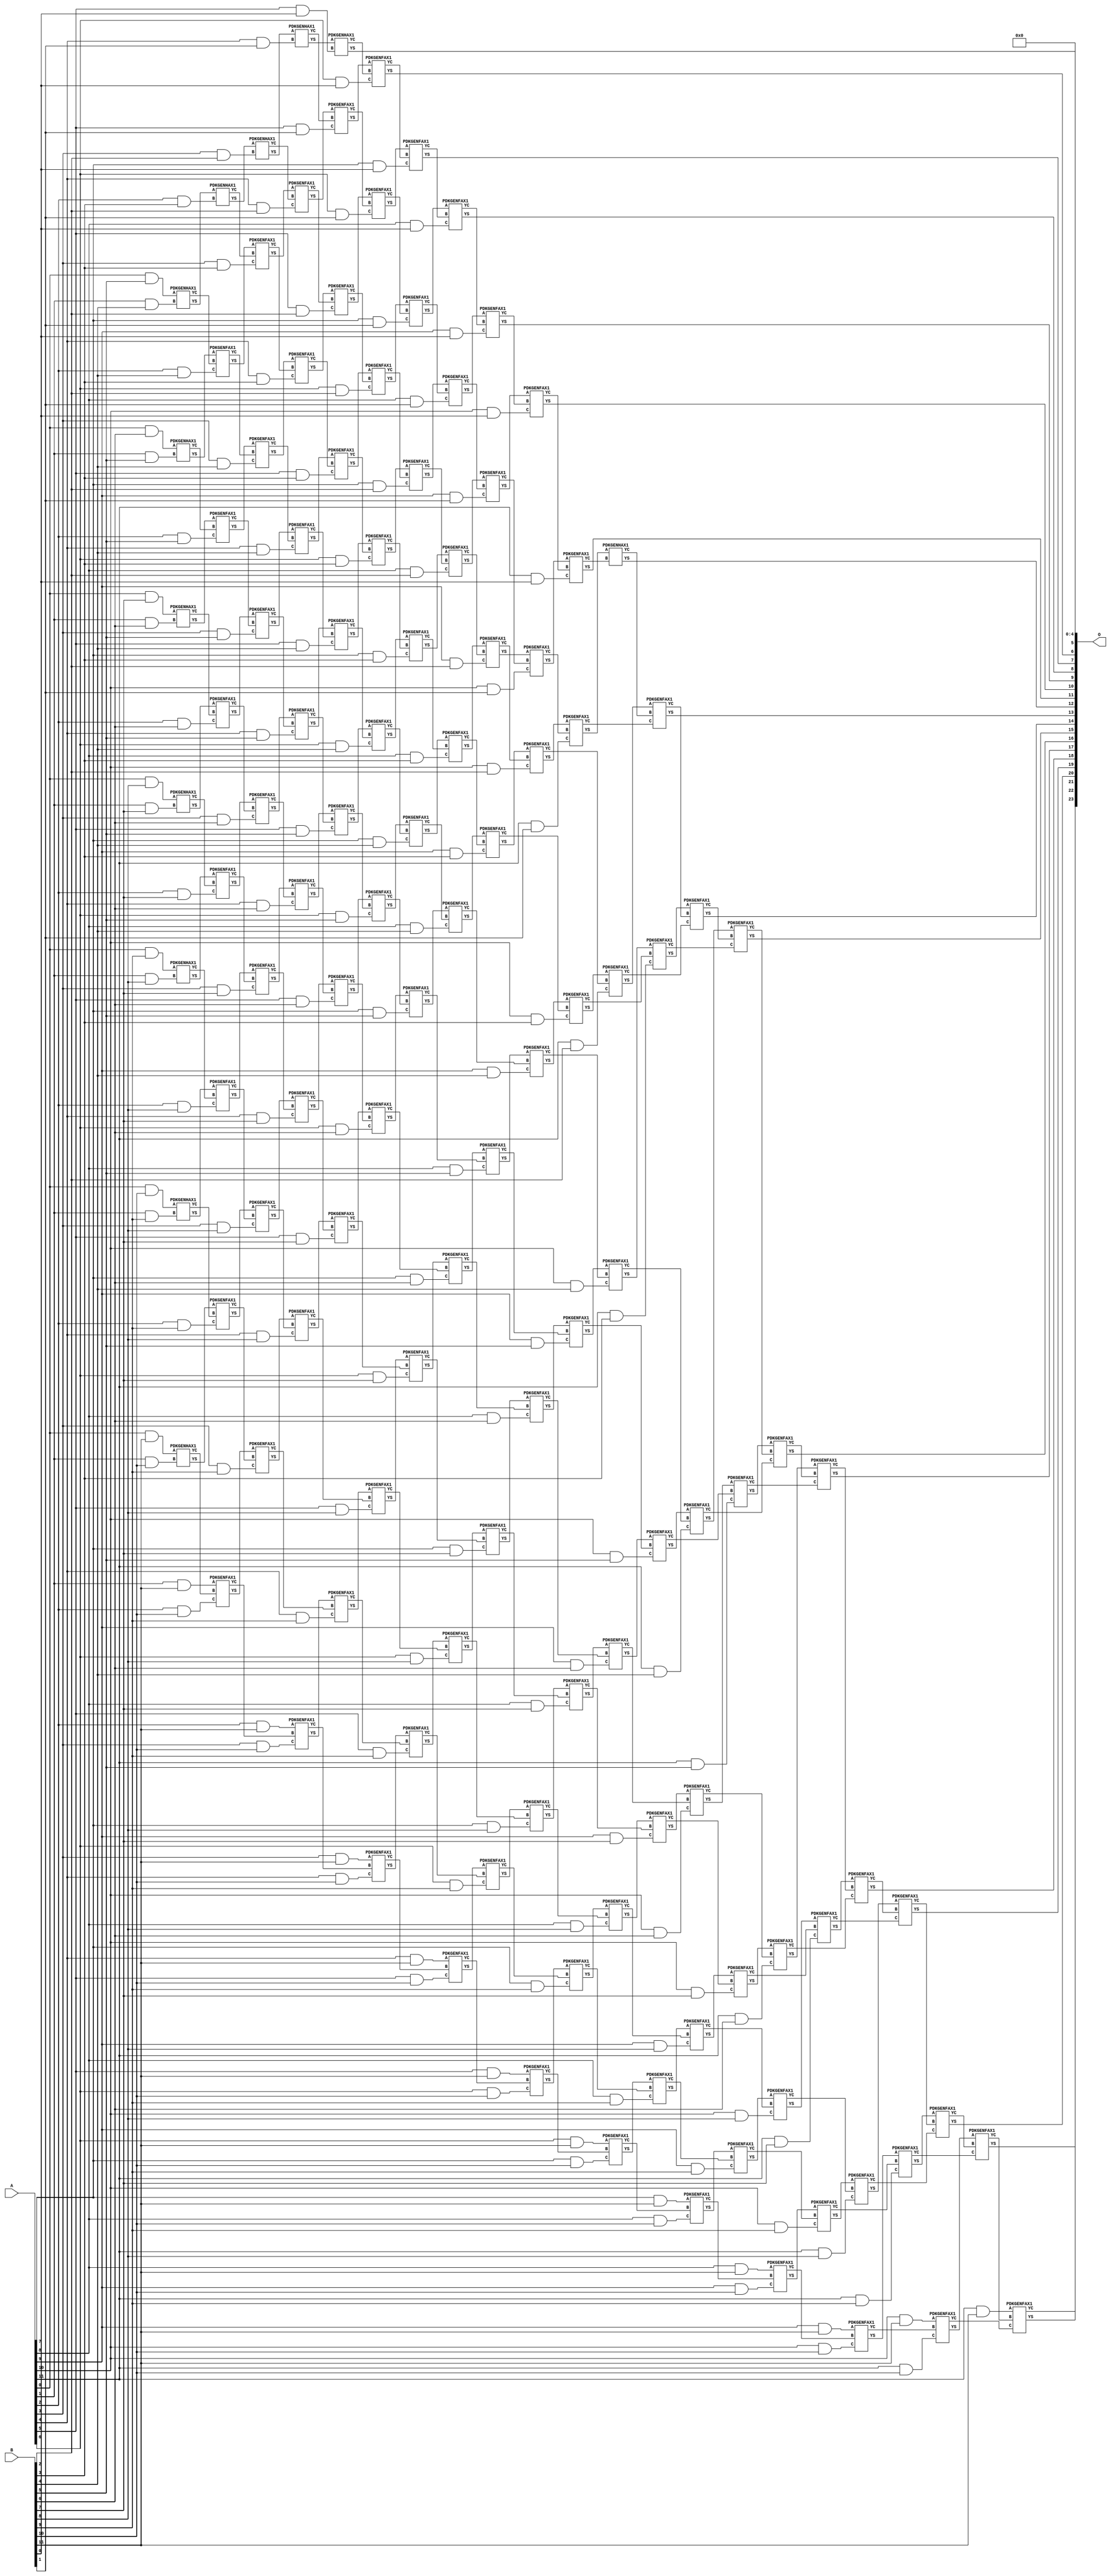
// This program was cloned from: https://github.com/ehw-fit/evoapproxlib
// License: MIT License

/***
* This code is a part of EvoApproxLib library (ehw.fit.vutbr.cz/approxlib) distributed under The MIT License.
* When used, please cite the following article(s): V. Mrazek, Z. Vasicek, L. Sekanina, H. Jiang and J. Han, "Scalable Construction of Approximate Multipliers With Formally Guaranteed Worst Case Error" in IEEE Transactions on Very Large Scale Integration (VLSI) Systems, vol. 26, no. 11, pp. 2572-2576, Nov. 2018. doi: 10.1109/TVLSI.2018.2856362 
* This file contains a circuit from a sub-set of pareto optimal circuits with respect to the pwr and wce parameters
***/
// MAE% = 0.00019 %
// MAE = 32 
// WCE% = 0.00077 %
// WCE = 129 
// WCRE% = 100.00 %
// EP% = 89.06 %
// MRE% = 0.012 %
// MSE = 1574 
// PDK45_PWR = 1.090 mW
// PDK45_AREA = 1469.4 um2
// PDK45_DELAY = 2.34 ns


module mul12u_2EF ( A, B, O );
  input [11:0] A;
  input [11:0] B;
  output [23:0] O;

  wire C_10_0,C_10_1,C_10_10,C_10_2,C_10_3,C_10_4,C_10_5,C_10_6,C_10_7,C_10_8,C_10_9,C_11_0,C_11_1,C_11_10,C_11_2,C_11_3,C_11_4,C_11_5,C_11_6,C_11_7,C_11_8,C_11_9,C_12_0,C_12_1,C_12_10,C_12_2,C_12_3,C_12_4,C_12_5,C_12_6,C_12_7,C_12_8,C_12_9,C_1_10,C_1_4,C_1_5,C_1_6,C_1_7,C_1_8,C_1_9,C_2_10,C_2_3,C_2_4,C_2_5,C_2_6,C_2_7,C_2_8,C_2_9,C_3_10,C_3_2,C_3_3,C_3_4,C_3_5,C_3_6,C_3_7,C_3_8,C_3_9,C_4_1,C_4_10,C_4_2,C_4_3,C_4_4,C_4_5,C_4_6,C_4_7,C_4_8,C_4_9,C_5_0,C_5_1,C_5_10,C_5_2,C_5_3,C_5_4,C_5_5,C_5_6,C_5_7,C_5_8,C_5_9,C_6_0,C_6_1,C_6_10,C_6_2,C_6_3,C_6_4,C_6_5,C_6_6,C_6_7,C_6_8,C_6_9,C_7_0,C_7_1,C_7_10,C_7_2,C_7_3,C_7_4,C_7_5,C_7_6,C_7_7,C_7_8,C_7_9,C_8_0,C_8_1,C_8_10,C_8_2,C_8_3,C_8_4,C_8_5,C_8_6,C_8_7,C_8_8,C_8_9,C_9_0,C_9_1,C_9_10,C_9_2,C_9_3,C_9_4,C_9_5,C_9_6,C_9_7,C_9_8,C_9_9,S_0_10,S_0_11,S_0_5,S_0_6,S_0_7,S_0_8,S_0_9,S_10_0,S_10_1,S_10_10,S_10_11,S_10_2,S_10_3,S_10_4,S_10_5,S_10_6,S_10_7,S_10_8,S_10_9,S_11_0,S_11_1,S_11_10,S_11_11,S_11_2,S_11_3,S_11_4,S_11_5,S_11_6,S_11_7,S_11_8,S_11_9,S_12_0,S_12_1,S_12_10,S_12_11,S_12_2,S_12_3,S_12_4,S_12_5,S_12_6,S_12_7,S_12_8,S_12_9,S_1_10,S_1_11,S_1_4,S_1_5,S_1_6,S_1_7,S_1_8,S_1_9,S_2_10,S_2_11,S_2_3,S_2_4,S_2_5,S_2_6,S_2_7,S_2_8,S_2_9,S_3_10,S_3_11,S_3_2,S_3_3,S_3_4,S_3_5,S_3_6,S_3_7,S_3_8,S_3_9,S_4_1,S_4_10,S_4_11,S_4_2,S_4_3,S_4_4,S_4_5,S_4_6,S_4_7,S_4_8,S_4_9,S_5_0,S_5_1,S_5_10,S_5_11,S_5_2,S_5_3,S_5_4,S_5_5,S_5_6,S_5_7,S_5_8,S_5_9,S_6_0,S_6_1,S_6_10,S_6_11,S_6_2,S_6_3,S_6_4,S_6_5,S_6_6,S_6_7,S_6_8,S_6_9,S_7_0,S_7_1,S_7_10,S_7_11,S_7_2,S_7_3,S_7_4,S_7_5,S_7_6,S_7_7,S_7_8,S_7_9,S_8_0,S_8_1,S_8_10,S_8_11,S_8_2,S_8_3,S_8_4,S_8_5,S_8_6,S_8_7,S_8_8,S_8_9,S_9_0,S_9_1,S_9_10,S_9_11,S_9_2,S_9_3,S_9_4,S_9_5,S_9_6,S_9_7,S_9_8,S_9_9;

  assign S_0_5 = (A[0] & B[5]);
  assign S_0_6 = (A[0] & B[6]);
  assign S_0_7 = (A[0] & B[7]);
  assign S_0_8 = (A[0] & B[8]);
  assign S_0_9 = (A[0] & B[9]);
  assign S_0_10 = (A[0] & B[10]);
  assign S_0_11 = (A[0] & B[11]);
  PDKGENHAX1 U13673 (.A(S_0_5), .B((A[1] & B[4])), .YS(S_1_4), .YC(C_1_4));
  PDKGENHAX1 U13674 (.A(S_0_6), .B((A[1] & B[5])), .YS(S_1_5), .YC(C_1_5));
  PDKGENHAX1 U13675 (.A(S_0_7), .B((A[1] & B[6])), .YS(S_1_6), .YC(C_1_6));
  PDKGENHAX1 U13676 (.A(S_0_8), .B((A[1] & B[7])), .YS(S_1_7), .YC(C_1_7));
  PDKGENHAX1 U13677 (.A(S_0_9), .B((A[1] & B[8])), .YS(S_1_8), .YC(C_1_8));
  PDKGENHAX1 U13678 (.A(S_0_10), .B((A[1] & B[9])), .YS(S_1_9), .YC(C_1_9));
  PDKGENHAX1 U13679 (.A(S_0_11), .B((A[1] & B[10])), .YS(S_1_10), .YC(C_1_10));
  assign S_1_11 = (A[1] & B[11]);
  PDKGENHAX1 U13684 (.A(S_1_4), .B((A[2] & B[3])), .YS(S_2_3), .YC(C_2_3));
  PDKGENFAX1 U13685 (.A(S_1_5), .B(C_1_4), .C((A[2] & B[4])), .YS(S_2_4), .YC(C_2_4));
  PDKGENFAX1 U13686 (.A(S_1_6), .B(C_1_5), .C((A[2] & B[5])), .YS(S_2_5), .YC(C_2_5));
  PDKGENFAX1 U13687 (.A(S_1_7), .B(C_1_6), .C((A[2] & B[6])), .YS(S_2_6), .YC(C_2_6));
  PDKGENFAX1 U13688 (.A(S_1_8), .B(C_1_7), .C((A[2] & B[7])), .YS(S_2_7), .YC(C_2_7));
  PDKGENFAX1 U13689 (.A(S_1_9), .B(C_1_8), .C((A[2] & B[8])), .YS(S_2_8), .YC(C_2_8));
  PDKGENFAX1 U13690 (.A(S_1_10), .B(C_1_9), .C((A[2] & B[9])), .YS(S_2_9), .YC(C_2_9));
  PDKGENFAX1 U13691 (.A(S_1_11), .B(C_1_10), .C((A[2] & B[10])), .YS(S_2_10), .YC(C_2_10));
  assign S_2_11 = (A[2] & B[11]);
  PDKGENHAX1 U13695 (.A(S_2_3), .B((A[3] & B[2])), .YS(S_3_2), .YC(C_3_2));
  PDKGENFAX1 U13696 (.A(S_2_4), .B(C_2_3), .C((A[3] & B[3])), .YS(S_3_3), .YC(C_3_3));
  PDKGENFAX1 U13697 (.A(S_2_5), .B(C_2_4), .C((A[3] & B[4])), .YS(S_3_4), .YC(C_3_4));
  PDKGENFAX1 U13698 (.A(S_2_6), .B(C_2_5), .C((A[3] & B[5])), .YS(S_3_5), .YC(C_3_5));
  PDKGENFAX1 U13699 (.A(S_2_7), .B(C_2_6), .C((A[3] & B[6])), .YS(S_3_6), .YC(C_3_6));
  PDKGENFAX1 U13700 (.A(S_2_8), .B(C_2_7), .C((A[3] & B[7])), .YS(S_3_7), .YC(C_3_7));
  PDKGENFAX1 U13701 (.A(S_2_9), .B(C_2_8), .C((A[3] & B[8])), .YS(S_3_8), .YC(C_3_8));
  PDKGENFAX1 U13702 (.A(S_2_10), .B(C_2_9), .C((A[3] & B[9])), .YS(S_3_9), .YC(C_3_9));
  PDKGENFAX1 U13703 (.A(S_2_11), .B(C_2_10), .C((A[3] & B[10])), .YS(S_3_10), .YC(C_3_10));
  assign S_3_11 = (A[3] & B[11]);
  PDKGENHAX1 U13706 (.A(S_3_2), .B((A[4] & B[1])), .YS(S_4_1), .YC(C_4_1));
  PDKGENFAX1 U13707 (.A(S_3_3), .B(C_3_2), .C((A[4] & B[2])), .YS(S_4_2), .YC(C_4_2));
  PDKGENFAX1 U13708 (.A(S_3_4), .B(C_3_3), .C((A[4] & B[3])), .YS(S_4_3), .YC(C_4_3));
  PDKGENFAX1 U13709 (.A(S_3_5), .B(C_3_4), .C((A[4] & B[4])), .YS(S_4_4), .YC(C_4_4));
  PDKGENFAX1 U13710 (.A(S_3_6), .B(C_3_5), .C((A[4] & B[5])), .YS(S_4_5), .YC(C_4_5));
  PDKGENFAX1 U13711 (.A(S_3_7), .B(C_3_6), .C((A[4] & B[6])), .YS(S_4_6), .YC(C_4_6));
  PDKGENFAX1 U13712 (.A(S_3_8), .B(C_3_7), .C((A[4] & B[7])), .YS(S_4_7), .YC(C_4_7));
  PDKGENFAX1 U13713 (.A(S_3_9), .B(C_3_8), .C((A[4] & B[8])), .YS(S_4_8), .YC(C_4_8));
  PDKGENFAX1 U13714 (.A(S_3_10), .B(C_3_9), .C((A[4] & B[9])), .YS(S_4_9), .YC(C_4_9));
  PDKGENFAX1 U13715 (.A(S_3_11), .B(C_3_10), .C((A[4] & B[10])), .YS(S_4_10), .YC(C_4_10));
  assign S_4_11 = (A[4] & B[11]);
  PDKGENHAX1 U13717 (.A(S_4_1), .B((A[5] & B[0])), .YS(S_5_0), .YC(C_5_0));
  PDKGENFAX1 U13718 (.A(S_4_2), .B(C_4_1), .C((A[5] & B[1])), .YS(S_5_1), .YC(C_5_1));
  PDKGENFAX1 U13719 (.A(S_4_3), .B(C_4_2), .C((A[5] & B[2])), .YS(S_5_2), .YC(C_5_2));
  PDKGENFAX1 U13720 (.A(S_4_4), .B(C_4_3), .C((A[5] & B[3])), .YS(S_5_3), .YC(C_5_3));
  PDKGENFAX1 U13721 (.A(S_4_5), .B(C_4_4), .C((A[5] & B[4])), .YS(S_5_4), .YC(C_5_4));
  PDKGENFAX1 U13722 (.A(S_4_6), .B(C_4_5), .C((A[5] & B[5])), .YS(S_5_5), .YC(C_5_5));
  PDKGENFAX1 U13723 (.A(S_4_7), .B(C_4_6), .C((A[5] & B[6])), .YS(S_5_6), .YC(C_5_6));
  PDKGENFAX1 U13724 (.A(S_4_8), .B(C_4_7), .C((A[5] & B[7])), .YS(S_5_7), .YC(C_5_7));
  PDKGENFAX1 U13725 (.A(S_4_9), .B(C_4_8), .C((A[5] & B[8])), .YS(S_5_8), .YC(C_5_8));
  PDKGENFAX1 U13726 (.A(S_4_10), .B(C_4_9), .C((A[5] & B[9])), .YS(S_5_9), .YC(C_5_9));
  PDKGENFAX1 U13727 (.A(S_4_11), .B(C_4_10), .C((A[5] & B[10])), .YS(S_5_10), .YC(C_5_10));
  assign S_5_11 = (A[5] & B[11]);
  PDKGENFAX1 U13729 (.A(S_5_1), .B(C_5_0), .C((A[6] & B[0])), .YS(S_6_0), .YC(C_6_0));
  PDKGENFAX1 U13730 (.A(S_5_2), .B(C_5_1), .C((A[6] & B[1])), .YS(S_6_1), .YC(C_6_1));
  PDKGENFAX1 U13731 (.A(S_5_3), .B(C_5_2), .C((A[6] & B[2])), .YS(S_6_2), .YC(C_6_2));
  PDKGENFAX1 U13732 (.A(S_5_4), .B(C_5_3), .C((A[6] & B[3])), .YS(S_6_3), .YC(C_6_3));
  PDKGENFAX1 U13733 (.A(S_5_5), .B(C_5_4), .C((A[6] & B[4])), .YS(S_6_4), .YC(C_6_4));
  PDKGENFAX1 U13734 (.A(S_5_6), .B(C_5_5), .C((A[6] & B[5])), .YS(S_6_5), .YC(C_6_5));
  PDKGENFAX1 U13735 (.A(S_5_7), .B(C_5_6), .C((A[6] & B[6])), .YS(S_6_6), .YC(C_6_6));
  PDKGENFAX1 U13736 (.A(S_5_8), .B(C_5_7), .C((A[6] & B[7])), .YS(S_6_7), .YC(C_6_7));
  PDKGENFAX1 U13737 (.A(S_5_9), .B(C_5_8), .C((A[6] & B[8])), .YS(S_6_8), .YC(C_6_8));
  PDKGENFAX1 U13738 (.A(S_5_10), .B(C_5_9), .C((A[6] & B[9])), .YS(S_6_9), .YC(C_6_9));
  PDKGENFAX1 U13739 (.A(S_5_11), .B(C_5_10), .C((A[6] & B[10])), .YS(S_6_10), .YC(C_6_10));
  assign S_6_11 = (A[6] & B[11]);
  PDKGENFAX1 U13741 (.A(S_6_1), .B(C_6_0), .C((A[7] & B[0])), .YS(S_7_0), .YC(C_7_0));
  PDKGENFAX1 U13742 (.A(S_6_2), .B(C_6_1), .C((A[7] & B[1])), .YS(S_7_1), .YC(C_7_1));
  PDKGENFAX1 U13743 (.A(S_6_3), .B(C_6_2), .C((A[7] & B[2])), .YS(S_7_2), .YC(C_7_2));
  PDKGENFAX1 U13744 (.A(S_6_4), .B(C_6_3), .C((A[7] & B[3])), .YS(S_7_3), .YC(C_7_3));
  PDKGENFAX1 U13745 (.A(S_6_5), .B(C_6_4), .C((A[7] & B[4])), .YS(S_7_4), .YC(C_7_4));
  PDKGENFAX1 U13746 (.A(S_6_6), .B(C_6_5), .C((A[7] & B[5])), .YS(S_7_5), .YC(C_7_5));
  PDKGENFAX1 U13747 (.A(S_6_7), .B(C_6_6), .C((A[7] & B[6])), .YS(S_7_6), .YC(C_7_6));
  PDKGENFAX1 U13748 (.A(S_6_8), .B(C_6_7), .C((A[7] & B[7])), .YS(S_7_7), .YC(C_7_7));
  PDKGENFAX1 U13749 (.A(S_6_9), .B(C_6_8), .C((A[7] & B[8])), .YS(S_7_8), .YC(C_7_8));
  PDKGENFAX1 U13750 (.A(S_6_10), .B(C_6_9), .C((A[7] & B[9])), .YS(S_7_9), .YC(C_7_9));
  PDKGENFAX1 U13751 (.A(S_6_11), .B(C_6_10), .C((A[7] & B[10])), .YS(S_7_10), .YC(C_7_10));
  assign S_7_11 = (A[7] & B[11]);
  PDKGENFAX1 U13753 (.A(S_7_1), .B(C_7_0), .C((A[8] & B[0])), .YS(S_8_0), .YC(C_8_0));
  PDKGENFAX1 U13754 (.A(S_7_2), .B(C_7_1), .C((A[8] & B[1])), .YS(S_8_1), .YC(C_8_1));
  PDKGENFAX1 U13755 (.A(S_7_3), .B(C_7_2), .C((A[8] & B[2])), .YS(S_8_2), .YC(C_8_2));
  PDKGENFAX1 U13756 (.A(S_7_4), .B(C_7_3), .C((A[8] & B[3])), .YS(S_8_3), .YC(C_8_3));
  PDKGENFAX1 U13757 (.A(S_7_5), .B(C_7_4), .C((A[8] & B[4])), .YS(S_8_4), .YC(C_8_4));
  PDKGENFAX1 U13758 (.A(S_7_6), .B(C_7_5), .C((A[8] & B[5])), .YS(S_8_5), .YC(C_8_5));
  PDKGENFAX1 U13759 (.A(S_7_7), .B(C_7_6), .C((A[8] & B[6])), .YS(S_8_6), .YC(C_8_6));
  PDKGENFAX1 U13760 (.A(S_7_8), .B(C_7_7), .C((A[8] & B[7])), .YS(S_8_7), .YC(C_8_7));
  PDKGENFAX1 U13761 (.A(S_7_9), .B(C_7_8), .C((A[8] & B[8])), .YS(S_8_8), .YC(C_8_8));
  PDKGENFAX1 U13762 (.A(S_7_10), .B(C_7_9), .C((A[8] & B[9])), .YS(S_8_9), .YC(C_8_9));
  PDKGENFAX1 U13763 (.A(S_7_11), .B(C_7_10), .C((A[8] & B[10])), .YS(S_8_10), .YC(C_8_10));
  assign S_8_11 = (A[8] & B[11]);
  PDKGENFAX1 U13765 (.A(S_8_1), .B(C_8_0), .C((A[9] & B[0])), .YS(S_9_0), .YC(C_9_0));
  PDKGENFAX1 U13766 (.A(S_8_2), .B(C_8_1), .C((A[9] & B[1])), .YS(S_9_1), .YC(C_9_1));
  PDKGENFAX1 U13767 (.A(S_8_3), .B(C_8_2), .C((A[9] & B[2])), .YS(S_9_2), .YC(C_9_2));
  PDKGENFAX1 U13768 (.A(S_8_4), .B(C_8_3), .C((A[9] & B[3])), .YS(S_9_3), .YC(C_9_3));
  PDKGENFAX1 U13769 (.A(S_8_5), .B(C_8_4), .C((A[9] & B[4])), .YS(S_9_4), .YC(C_9_4));
  PDKGENFAX1 U13770 (.A(S_8_6), .B(C_8_5), .C((A[9] & B[5])), .YS(S_9_5), .YC(C_9_5));
  PDKGENFAX1 U13771 (.A(S_8_7), .B(C_8_6), .C((A[9] & B[6])), .YS(S_9_6), .YC(C_9_6));
  PDKGENFAX1 U13772 (.A(S_8_8), .B(C_8_7), .C((A[9] & B[7])), .YS(S_9_7), .YC(C_9_7));
  PDKGENFAX1 U13773 (.A(S_8_9), .B(C_8_8), .C((A[9] & B[8])), .YS(S_9_8), .YC(C_9_8));
  PDKGENFAX1 U13774 (.A(S_8_10), .B(C_8_9), .C((A[9] & B[9])), .YS(S_9_9), .YC(C_9_9));
  PDKGENFAX1 U13775 (.A(S_8_11), .B(C_8_10), .C((A[9] & B[10])), .YS(S_9_10), .YC(C_9_10));
  assign S_9_11 = (A[9] & B[11]);
  PDKGENFAX1 U13777 (.A(S_9_1), .B(C_9_0), .C((A[10] & B[0])), .YS(S_10_0), .YC(C_10_0));
  PDKGENFAX1 U13778 (.A(S_9_2), .B(C_9_1), .C((A[10] & B[1])), .YS(S_10_1), .YC(C_10_1));
  PDKGENFAX1 U13779 (.A(S_9_3), .B(C_9_2), .C((A[10] & B[2])), .YS(S_10_2), .YC(C_10_2));
  PDKGENFAX1 U13780 (.A(S_9_4), .B(C_9_3), .C((A[10] & B[3])), .YS(S_10_3), .YC(C_10_3));
  PDKGENFAX1 U13781 (.A(S_9_5), .B(C_9_4), .C((A[10] & B[4])), .YS(S_10_4), .YC(C_10_4));
  PDKGENFAX1 U13782 (.A(S_9_6), .B(C_9_5), .C((A[10] & B[5])), .YS(S_10_5), .YC(C_10_5));
  PDKGENFAX1 U13783 (.A(S_9_7), .B(C_9_6), .C((A[10] & B[6])), .YS(S_10_6), .YC(C_10_6));
  PDKGENFAX1 U13784 (.A(S_9_8), .B(C_9_7), .C((A[10] & B[7])), .YS(S_10_7), .YC(C_10_7));
  PDKGENFAX1 U13785 (.A(S_9_9), .B(C_9_8), .C((A[10] & B[8])), .YS(S_10_8), .YC(C_10_8));
  PDKGENFAX1 U13786 (.A(S_9_10), .B(C_9_9), .C((A[10] & B[9])), .YS(S_10_9), .YC(C_10_9));
  PDKGENFAX1 U13787 (.A(S_9_11), .B(C_9_10), .C((A[10] & B[10])), .YS(S_10_10), .YC(C_10_10));
  assign S_10_11 = (A[10] & B[11]);
  PDKGENFAX1 U13789 (.A(S_10_1), .B(C_10_0), .C((A[11] & B[0])), .YS(S_11_0), .YC(C_11_0));
  PDKGENFAX1 U13790 (.A(S_10_2), .B(C_10_1), .C((A[11] & B[1])), .YS(S_11_1), .YC(C_11_1));
  PDKGENFAX1 U13791 (.A(S_10_3), .B(C_10_2), .C((A[11] & B[2])), .YS(S_11_2), .YC(C_11_2));
  PDKGENFAX1 U13792 (.A(S_10_4), .B(C_10_3), .C((A[11] & B[3])), .YS(S_11_3), .YC(C_11_3));
  PDKGENFAX1 U13793 (.A(S_10_5), .B(C_10_4), .C((A[11] & B[4])), .YS(S_11_4), .YC(C_11_4));
  PDKGENFAX1 U13794 (.A(S_10_6), .B(C_10_5), .C((A[11] & B[5])), .YS(S_11_5), .YC(C_11_5));
  PDKGENFAX1 U13795 (.A(S_10_7), .B(C_10_6), .C((A[11] & B[6])), .YS(S_11_6), .YC(C_11_6));
  PDKGENFAX1 U13796 (.A(S_10_8), .B(C_10_7), .C((A[11] & B[7])), .YS(S_11_7), .YC(C_11_7));
  PDKGENFAX1 U13797 (.A(S_10_9), .B(C_10_8), .C((A[11] & B[8])), .YS(S_11_8), .YC(C_11_8));
  PDKGENFAX1 U13798 (.A(S_10_10), .B(C_10_9), .C((A[11] & B[9])), .YS(S_11_9), .YC(C_11_9));
  PDKGENFAX1 U13799 (.A(S_10_11), .B(C_10_10), .C((A[11] & B[10])), .YS(S_11_10), .YC(C_11_10));
  assign S_11_11 = (A[11] & B[11]);
  PDKGENHAX1 U13801 (.A(S_11_1), .B(C_11_0), .YS(S_12_0), .YC(C_12_0));
  PDKGENFAX1 U13802 (.A(S_11_2), .B(C_12_0), .C(C_11_1), .YS(S_12_1), .YC(C_12_1));
  PDKGENFAX1 U13803 (.A(S_11_3), .B(C_12_1), .C(C_11_2), .YS(S_12_2), .YC(C_12_2));
  PDKGENFAX1 U13804 (.A(S_11_4), .B(C_12_2), .C(C_11_3), .YS(S_12_3), .YC(C_12_3));
  PDKGENFAX1 U13805 (.A(S_11_5), .B(C_12_3), .C(C_11_4), .YS(S_12_4), .YC(C_12_4));
  PDKGENFAX1 U13806 (.A(S_11_6), .B(C_12_4), .C(C_11_5), .YS(S_12_5), .YC(C_12_5));
  PDKGENFAX1 U13807 (.A(S_11_7), .B(C_12_5), .C(C_11_6), .YS(S_12_6), .YC(C_12_6));
  PDKGENFAX1 U13808 (.A(S_11_8), .B(C_12_6), .C(C_11_7), .YS(S_12_7), .YC(C_12_7));
  PDKGENFAX1 U13809 (.A(S_11_9), .B(C_12_7), .C(C_11_8), .YS(S_12_8), .YC(C_12_8));
  PDKGENFAX1 U13810 (.A(S_11_10), .B(C_12_8), .C(C_11_9), .YS(S_12_9), .YC(C_12_9));
  PDKGENFAX1 U13811 (.A(S_11_11), .B(C_12_9), .C(C_11_10), .YS(S_12_10), .YC(C_12_10));
  assign S_12_11 = C_12_10;
  assign O = {S_12_11,S_12_10,S_12_9,S_12_8,S_12_7,S_12_6,S_12_5,S_12_4,S_12_3,S_12_2,S_12_1,S_12_0,S_11_0,S_10_0,S_9_0,S_8_0,S_7_0,S_6_0,S_5_0,1'b0,1'b0,1'b0,1'b0,1'b0};

endmodule

/* mod */
module PDKGENHAX1( input A, input B, output YS, output YC );
    assign YS = A ^ B;
    assign YC = A & B;
endmodule
/* mod */
module PDKGENFAX1( input A, input B, input C, output YS, output YC );
    assign YS = (A ^ B) ^ C;
    assign YC = (A & B) | (B & C) | (A & C);
endmodule